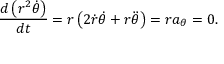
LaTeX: { \frac { d \left( r ^ { 2 } { \dot { \theta } } \right) } { d t } } = r \left( 2 { \dot { r } } { \dot { \theta } } + r { \ddot { \theta } } \right) = r a _ { \theta } = 0 .